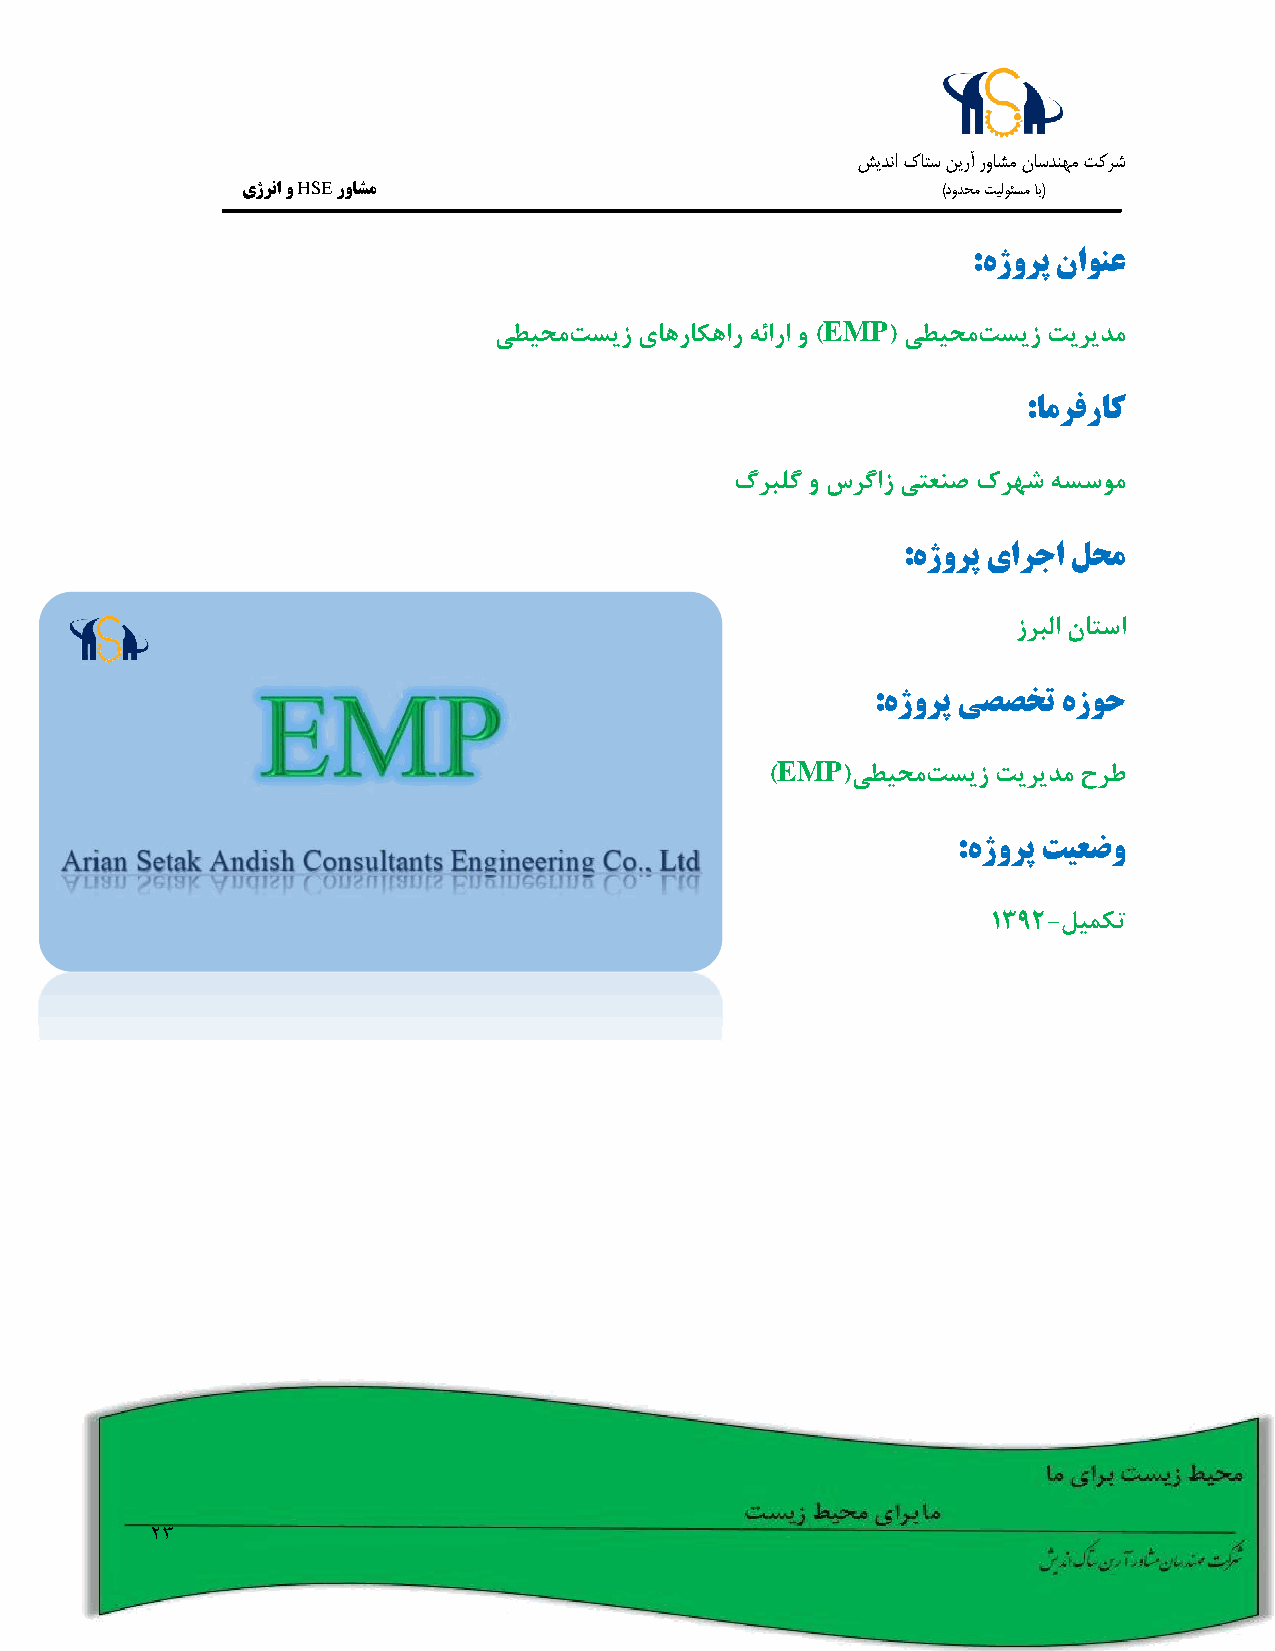
شيدنا كاتس نيرآ رواشم ناسدنهم تکرش
 یژرنا و HSE رواشم                             )دودحم تيلوئسم اب(
 :هژورپ ناونع
 EMP
 یطیحمتسیز یاهراکهار هئارا و ) ( یطیحمتسیز تیریدم
 :امرفراک
 گربلگ و سرگاز یتعنص کرهش هسسوم
 :هژورپ یارجا لحم
 زربلا ناتسا
 :هژورپ یصصخت هزوح
 EMP
 )    (یطیحمتسیز تیریدم حرط
 :هژورپ تیعضو
 1392-لیمکت
 23